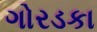
ગોરડકા